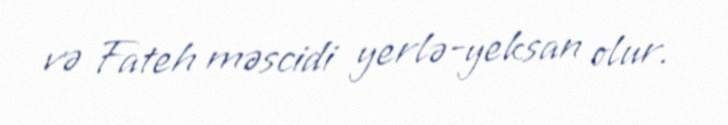
və Fateh məscidi yerlə-yeksan olur.